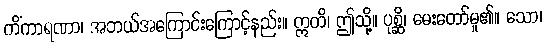
ကိံကာရဏာ၊ အဘယ်အကြောင်းကြောင့်နည်း။ ဣတိ၊ ဤသို့။ ပုစ္ဆိ၊ မေးတော်မူ၏။ သော၊